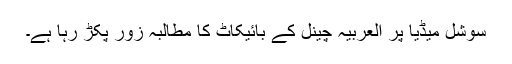
سوشل میڈیا پر العربیہ چینل کے بائیکاٹ کا مطالبہ زور پکڑ رہا ہے۔